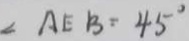
\angle A E B = 4 5 ^ { \circ }